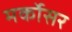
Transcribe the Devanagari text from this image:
मर्कोसर